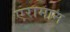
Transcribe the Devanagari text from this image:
एरामान